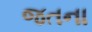
જતના